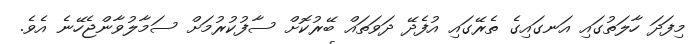
މިފަދަ ހާލަތުގައި އަނގައިގެ ތެރޭގައި އުފެދޭ ދަވަތައް ބޭރުކޮށް ސާފުކުރުމަށް ސަމާލުވާންޖެހޭނެ އެވެ.